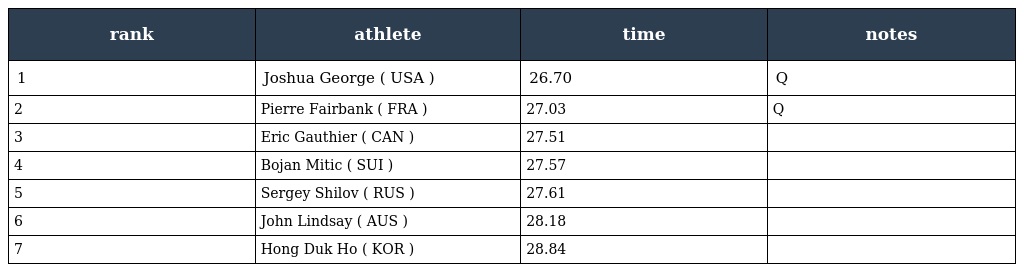
| rank | athlete | time | notes |
 | --- | --- | --- | --- |
 | 1 | Joshua George ( USA ) | 26.70 | Q |
 | 2 | Pierre Fairbank ( FRA ) | 27.03 | Q |
 | 3 | Eric Gauthier ( CAN ) | 27.51 |  |
 | 4 | Bojan Mitic ( SUI ) | 27.57 |  |
 | 5 | Sergey Shilov ( RUS ) | 27.61 |  |
 | 6 | John Lindsay ( AUS ) | 28.18 |  |
 | 7 | Hong Duk Ho ( KOR ) | 28.84 |  |